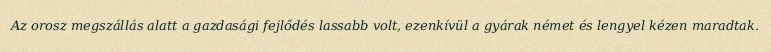
Az orosz megszállás alatt a gazdasági fejlődés lassabb volt, ezenkívül a gyárak német és lengyel kézen maradtak.